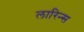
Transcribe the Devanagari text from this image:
लारिन्स